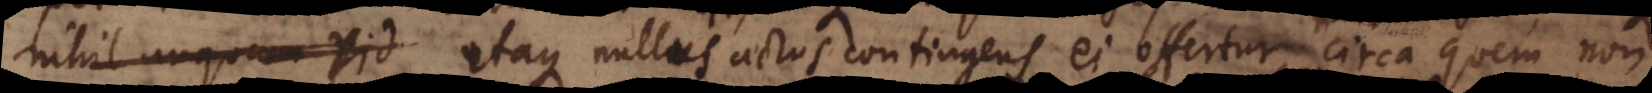
nihil unquam vid nullus actus contingens ei offertur circa quem non